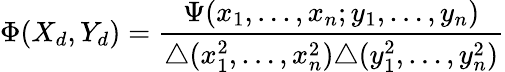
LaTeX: \Phi(X_{d},Y_{d})=\frac{\Psi(x_{1},\ldots,x_{n};y_{1},\ldots,y_{n})}{\triangle(x_{1}^{2},\ldots,x_{n}^{2})\triangle(y_{1}^{2},\ldots,y_{n}^{2})}